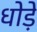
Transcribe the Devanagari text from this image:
धोड़े